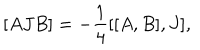
[ A J B ] = - \frac { 1 } { 4 } [ [ A , B ] , J ] ,